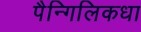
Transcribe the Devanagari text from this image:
पैन्गिलिकधा